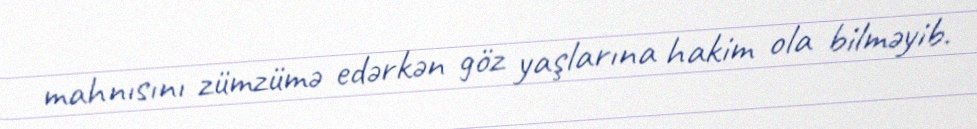
mahnısını zümzümə edərkən göz yaşlarına hakim ola bilməyib.